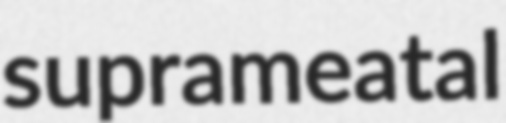
suprameatal